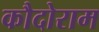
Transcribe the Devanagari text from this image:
कौदोराम